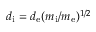
d _ { \mathrm { i } } = d _ { \mathrm { e } } ( m _ { \mathrm { i } } / m _ { \mathrm { e } } ) ^ { 1 / 2 }